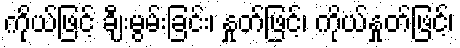
ကိုယ်ဖြင့် ချီးမွမ်းခြင်း၊ နှုတ်ဖြင့်၊ ကိုယ်နှုတ်ဖြင့်၊